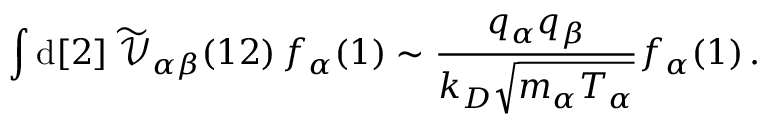
\int \mathrm { d } [ 2 ] \; \widetilde { \mathcal { V } } _ { \alpha \beta } ( 1 2 ) \, f _ { \alpha } ( 1 ) \sim \frac { q _ { \alpha } q _ { \beta } } { k _ { D } \sqrt { m _ { \alpha } T _ { \alpha } } } f _ { \alpha } ( 1 ) \, .